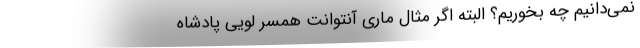
نمی‌دانیم چه بخوریم؟ البته اگر مثال ماری آنتوانت همسر لویی پادشاه